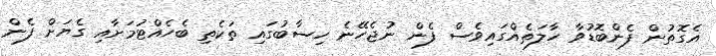
އެގޮތުން ފެންބޮޑުވާ ހާލަތެއްގައިވެސް ފެން ނުޖެހޭނެ ހިސާބުގައި ތަކެތި ބެހެއްޓުމަށާއި ގެޔަށް ފެން